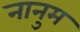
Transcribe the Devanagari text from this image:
नानुम